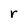
Character: r